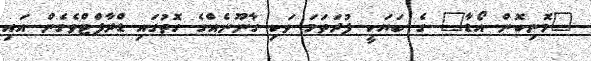
"މޮނިކޮން އޯޑާ" ގެ ބަޔަކީ ފުރަަތަމަ ވަކި ގާނޫނެއްގެ ގޮތުގައި ޑްރާފްޓްވެގެން އައި